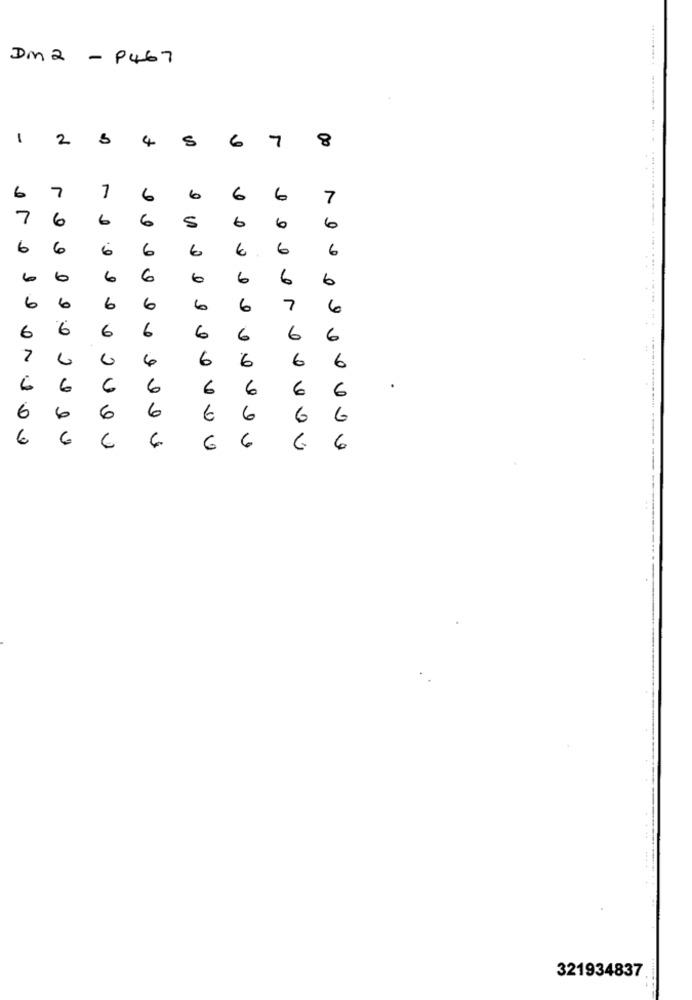
Dm 2
-
P467
1
2
S
4
S
6
7
8
7
6
7
6
6
6
6
7
7
6
6
6
6
5
6
6
6
6
6
6
6
6
6
6
6
6
6
6
6
6
6
6
6
6
6
6
7
6
6
6
6
6
6
6
6
6
6
6
6
6
6
6
6
6
6
6
6
6
6
6
6
6
6
6
6
6
6
6
6
6
321934837